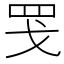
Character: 𫻬